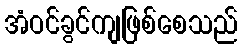
အံဝင်ခွင်ကျဖြစ်စေသည်